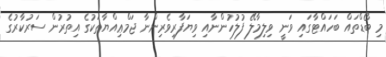
މި ބޯޑްތައް ބަހައްޓާގައި ވަނީ ވިލިމާލޭ ފުލުހުންނާއި ވިޔަފާރިވެރިންނާ ޖަމްޢިއްޔާތަކުގެ އިތުރުން ސަރުކާރުގެ